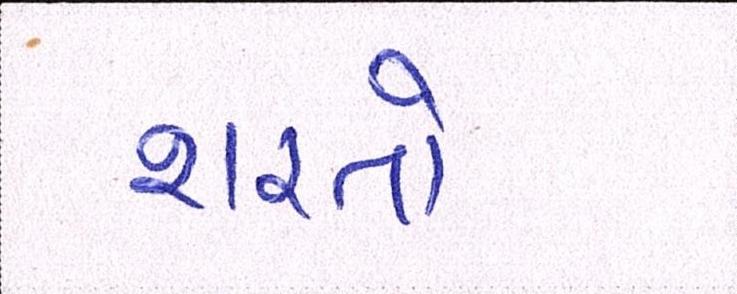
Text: શરતો